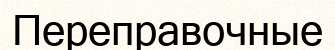
Переправочные